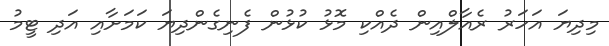
މިދިޔަ އަހަރު ރެއާލްއިން ދެއްކި މޮޅު ކުޅުން ފެނިގެންދިޔަ ކަމަށާއި އަދި ޓީމު